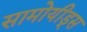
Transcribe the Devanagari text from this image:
सामोयीड्स